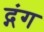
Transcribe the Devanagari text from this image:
द्गंग